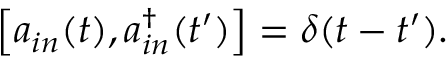
\left[ a _ { i n } ( t ) , a _ { i n } ^ { \dagger } ( t ^ { \prime } ) \right] = \delta ( t - t ^ { \prime } ) .